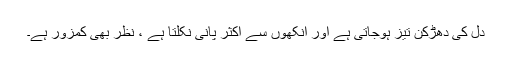
دل کی دھڑکن تیز ہوجاتی ہے اور آنکھوں سے اکثر پانی نکلتا ہے ، نظر بھی کمزور ہے۔